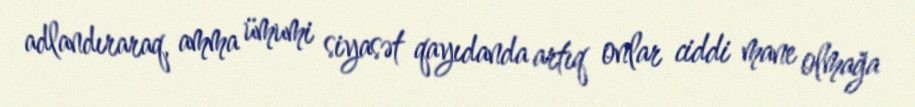
adlandıraraq, amma ümumi siyasət qayıdanda artıq onlar ciddi mane olmağa